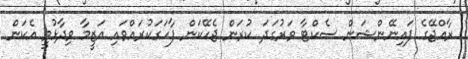
ރާއްޖޭގެ ފައިނޭންޝަން ސެކްޓާ ވަރުގަދަ ކުރަން ޖެހޭކަން ފާހަގަކުރައްވައި އަޒީމާ ވިދާޅުވީ އެކަން